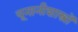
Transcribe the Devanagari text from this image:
यूनानीशास्त्रों